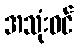
အသုံးဝင်